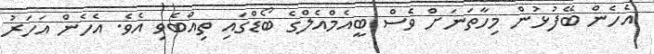
އެހެން ބޭފުޅުން މިހާތަނަށް ވެސް ބީއެމްއެލްގެ ބޯޑްގައި ތިއްބެވި އެވެ. އެހެން އަހަރު